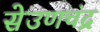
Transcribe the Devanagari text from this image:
सेउणचंद्र